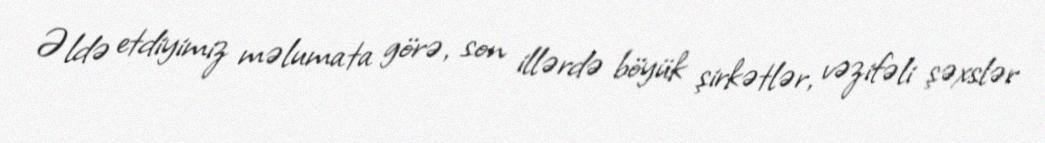
Əldə etdiyimiz məlumata görə, son illərdə böyük şirkətlər, vəzifəli şəxslər